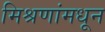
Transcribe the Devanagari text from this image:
मिश्रणांमधून